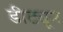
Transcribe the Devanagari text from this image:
डीट्यून